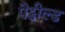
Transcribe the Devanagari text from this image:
पैट्शील्ड